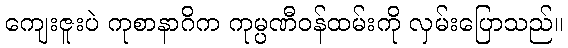
ကျေးဇူးပဲ ကုစာနာဂိက ကုမ္ပဏီဝန်ထမ်းကို လှမ်းပြောသည်။